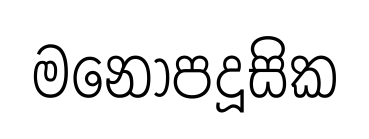
මනොපදූසික